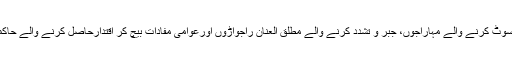
مہاراجہ رنبیر سنگھ کا بت بھی جموں میں کھڑا کیا گیا ہے جاگیردارانہ لوٹ کھسوٹ کرنے والے مہاراجوں، جبر و تشدد کرنے والے مطلق العنان راجواڑوں اورعوامی مفادات بیچ کر اقتدارحاصل کرنے والے حاکموں کو تاریخ ساز ہیرو قرار دینا تاریخ کے ساتھ سب سے بڑی بے انصافی ہے۔